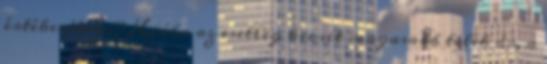
értékesíteni? Hiába az esetleg kicsit magasabb telek ár, a